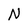
Character: N